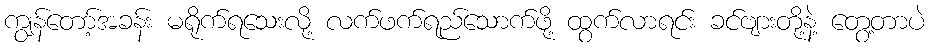
ကျွန်တော့်အခန်း မရိုက်ရသေးလို့ လက်ဖက်ရည်သောက်ဖို့ ထွက်လာရင်း ခင်ဗျားတို့နဲ့ တွေ့တာပဲ